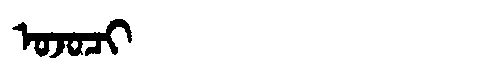
Manchu: ᠣᠵᠣᠴᡳ
Romanization: OJOCI